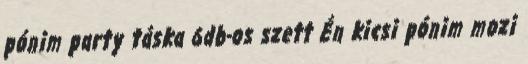
pónim party táska 6db-os szett Én kicsi pónim mozi